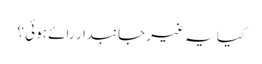
کیا یہ غیر جانبدار رائے ہوئی ؟